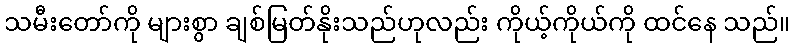
သမီးတော်ကို များစွာ ချစ်မြတ်နိုးသည်ဟုလည်း ကိုယ့်ကိုယ်ကို ထင်နေ သည်။